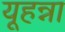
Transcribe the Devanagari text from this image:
यूहन्ना